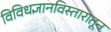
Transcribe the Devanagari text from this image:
विविधज्ञानविस्तारातून